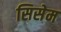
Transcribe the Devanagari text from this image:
सिसेम